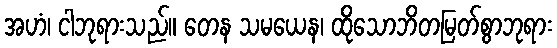
အဟံ၊ ငါဘုရားသည်။ တေန သမယေန၊ ထိုသောဘိတမြတ်စွာဘုရား